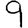
Digit: 9